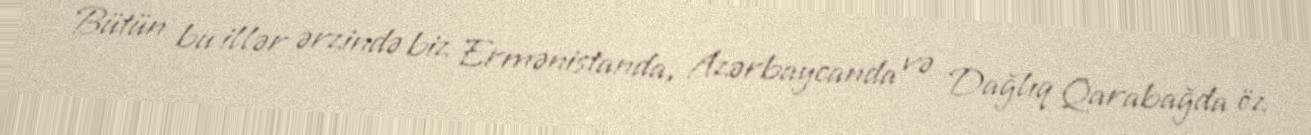
Bütün bu illər ərzində biz Ermənistanda, Azərbaycanda və Dağlıq Qarabağda öz